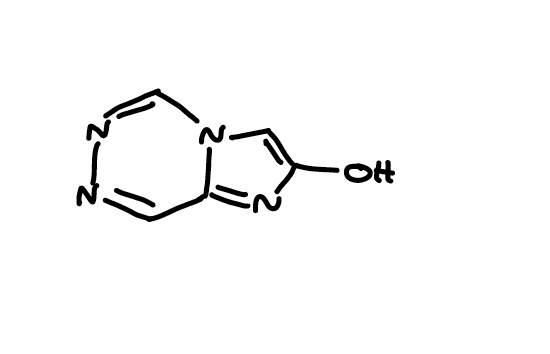
Simplified molecular-input line-entry system (SMILES) notation of the given molecule:
C1=C(N=C2N1C=NN=C2)O